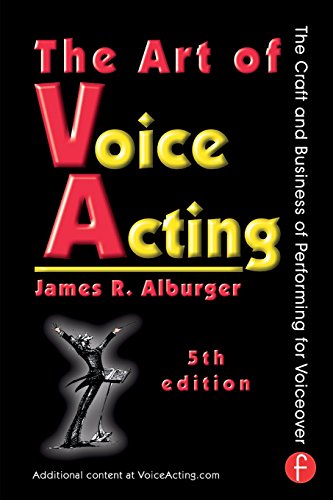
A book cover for The Art of Voice Acting: The Craft and Business of Performing for Voiceover; James Alburger; Humor & Entertainment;